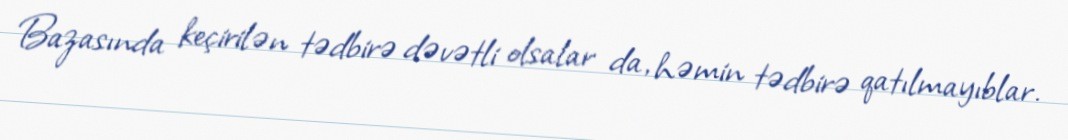
Bazasında keçirilən tədbirə dəvətli olsalar da, həmin tədbirə qatılmayıblar.